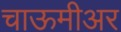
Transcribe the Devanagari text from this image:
चाऊमीअर